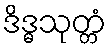
ဒိဒ္ဓသုတ္တံ